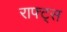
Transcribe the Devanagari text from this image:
राफ्ट्स